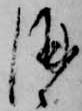
酒